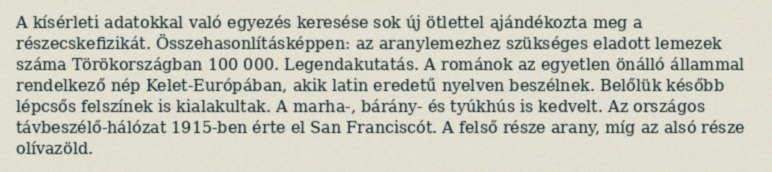
A kísérleti adatokkal való egyezés keresése sok új ötlettel ajándékozta meg a részecskefizikát. Összehasonlításképpen: az aranylemezhez szükséges eladott lemezek száma Törökországban 100 000. Legendakutatás. A románok az egyetlen önálló állammal rendelkező nép Kelet-Európában, akik latin eredetű nyelven beszélnek. Belőlük később lépcsős felszínek is kialakultak. A marha-, bárány- és tyúkhús is kedvelt. Az országos távbeszélő-hálózat 1915-ben érte el San Franciscót. A felső része arany, míg az alsó része olívazöld.